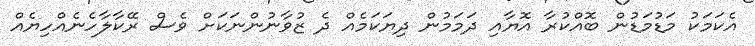
އެކަމަކު މަޑުމަޑުން ބޮއްކުރާ އޮޔާއި ދަމަމުން ދިޔަކަމެއް ދެ ޒުވާނުންނަކަށް ވެސް ރޭކާލާހެނެއްހިޔެއް